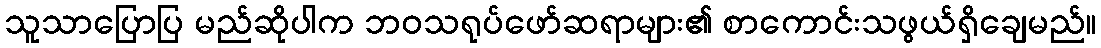
သူသာပြောပြ မည်ဆိုပါက ဘဝသရုပ်ဖော်ဆရာများ၏ စာကောင်းသဖွယ်ရှိချေမည်။